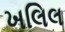
ખલિલ